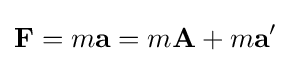
\mathbf {F} =m\mathbf {a} =m\mathbf {A} +m\mathbf {a} '